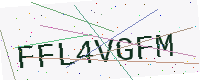
Text: FFL4VGFM